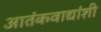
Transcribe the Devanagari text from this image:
आतंकवाद्यांशी